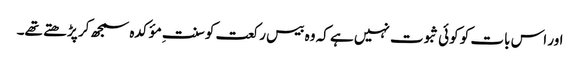
اور اس بات کو کوئی ثبوت نہیں ہے کہ وہ بیس رکعت کو سنتِ مؤکدہ سمجھ کر پڑ ھتے تھے۔